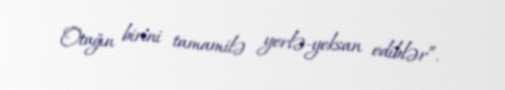
Otağın birini tamamilə yerlə-yeksan ediblər”.